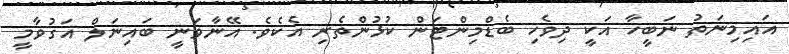
އައިމިނަތު ނަބީހާ އަކީ ދިވެހި ބެޑްމިންޓަން ކުޅުންތެރި އެކެވެ. އޭނާވަނީ ބައިނަލް އަގުވާމީ